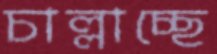
চাল্লাচ্ছে